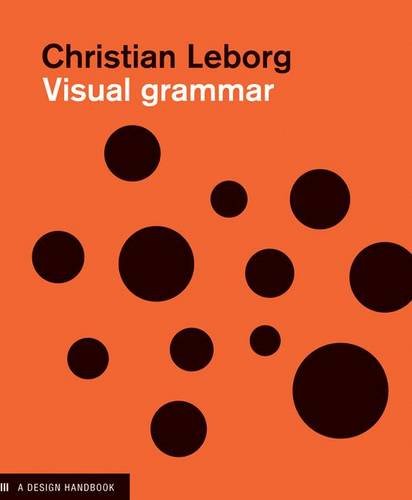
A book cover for Visual Grammar (Design Briefs); Christian Leborg; Arts & Photography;